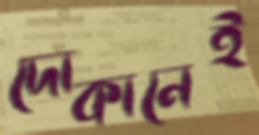
দোকানেই